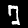
Label: 7